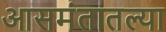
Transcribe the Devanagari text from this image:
आसमंतातल्या